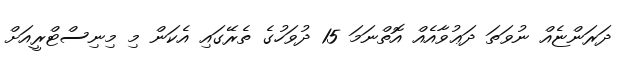
ދަރަންޏެއް ނުވަތަ ދަޢުވާއެއް އޮތްނަމަ 15 ދުވަހުގެ ތެރޭގައި އެކަން މި މިނިސްޓްރީއަށް